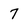
Character: 7